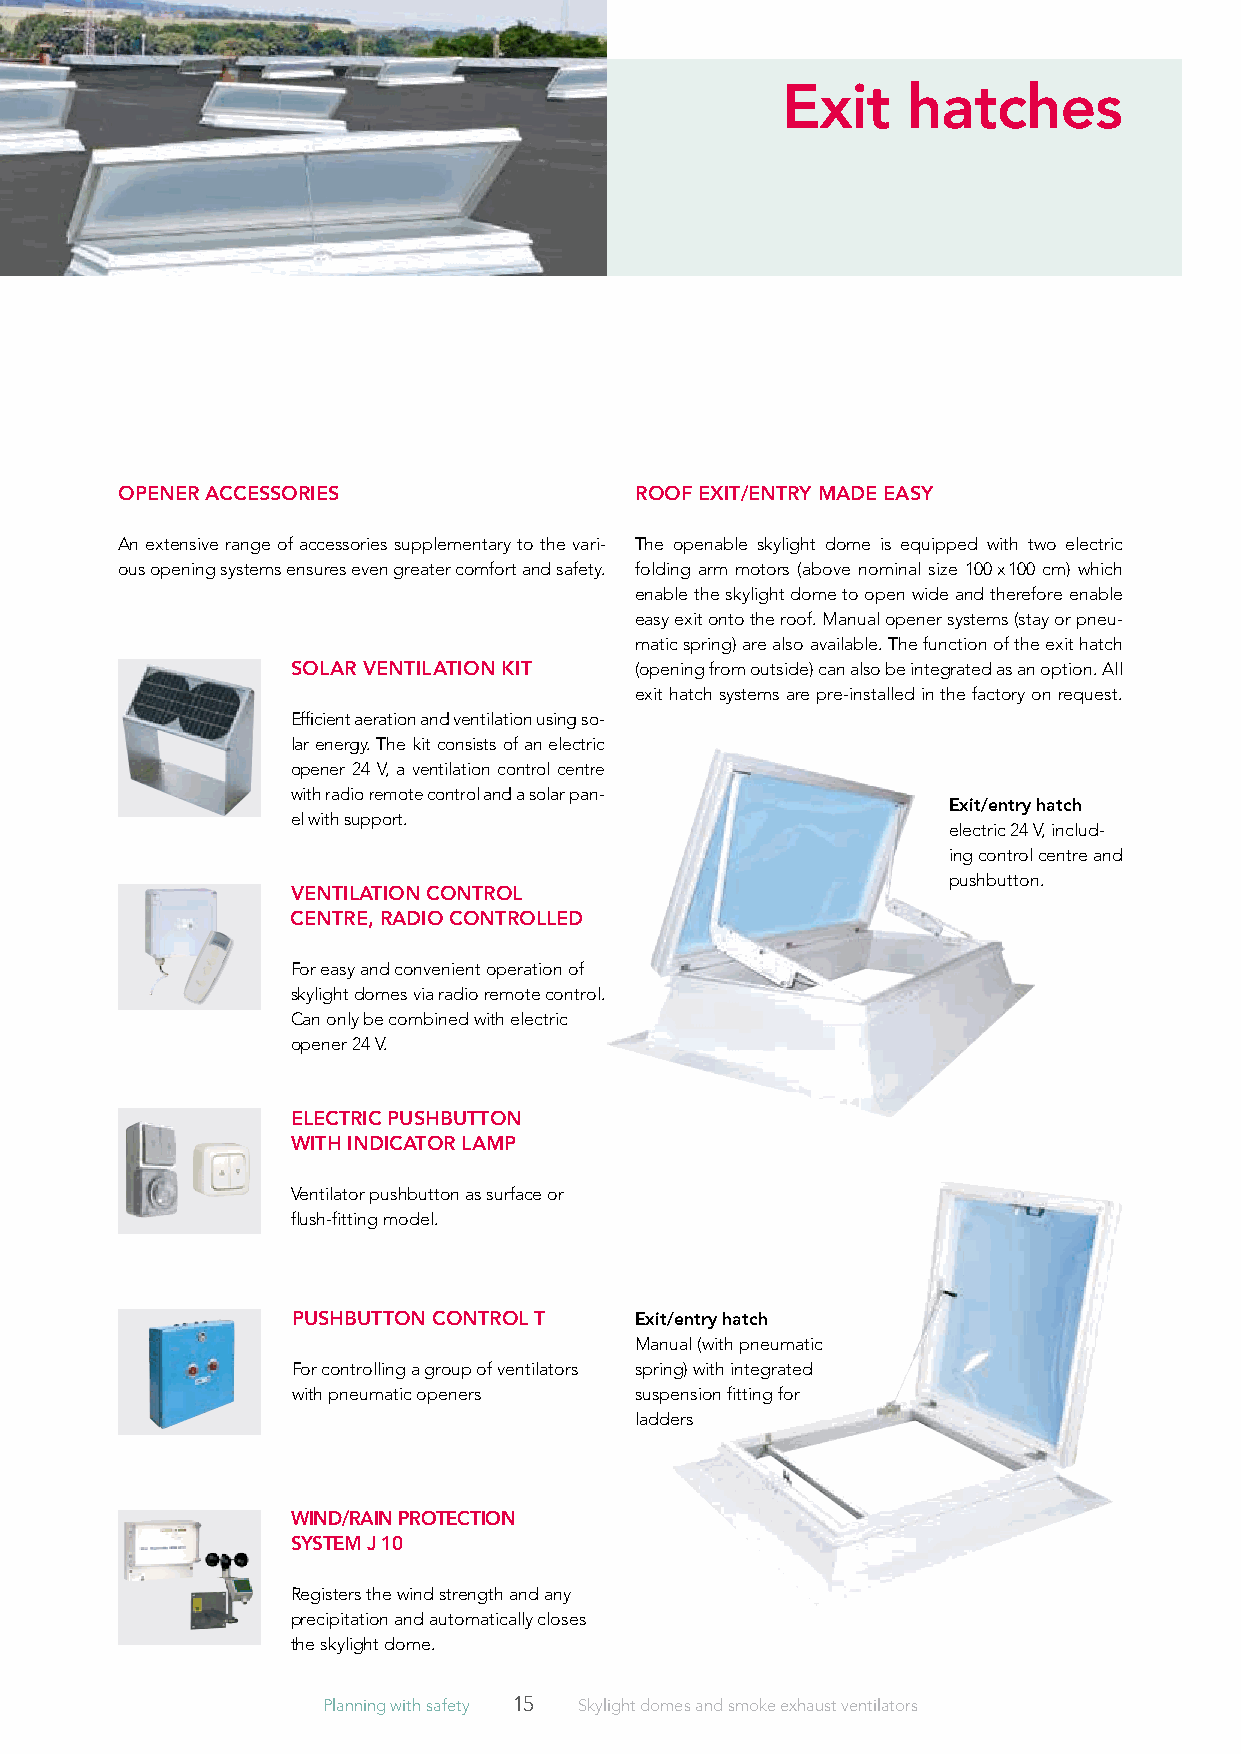
Exit    hatches
 OpENEr ACCESSOriES                rOOf ExiT/ENTry MADE EASy
 An extensive range of accessories supplementary to the vari- The openable skylight dome is equipped with two electric
 ous opening systems ensures even greater comfort and safety. folding arm motors (above nominal size 100 x 100 cm) which
 enable the skylight dome to open wide and therefore enable
 easy exit onto the roof. Manual opener systems (stay or pneu-
 matic spring) are also available. The function of the exit hatch
 SOlAr VENTilATiON KiT  (opening from outside) can also be integrated as an option. All
 exit hatch systems are pre-installed in the factory on request.
 Efficient aeration and ventilation using so-
 lar energy. The kit consists of an electric
 opener 24 V, a ventilation control centre
 with radio remote control and a solar pan-
 Exit/entry hatch
 el with support.
 electric 24 V, includ-
 ing control centre and
 pushbutton.
 VENTilATiON CONTrOl
 CENTrE, rADiO CONTrOllED
 For easy and convenient operation of
 skylight domes via radio remote control.
 Can only be combined with electric
 opener 24 V.
 ElECTriC pUSHbUTTON
 WiTH iNDiCATOr lAMp
 Ventilator pushbutton as surface or
 flush-fitting model.
 pUSHbUTTON CONTrOl T   Exit/entry hatch
 Manual (with pneumatic
 For controlling a group of ventilators spring) with integrated
 with pneumatic openers suspension fitting for
 ladders
 WiND/rAiN prOTECTiON
 SySTEM J 10
 Registers the wind strength and any
 precipitation and automatically closes
 the skylight dome.
 Planning with safety 15 Skylight domes and smoke exhaust ventilators